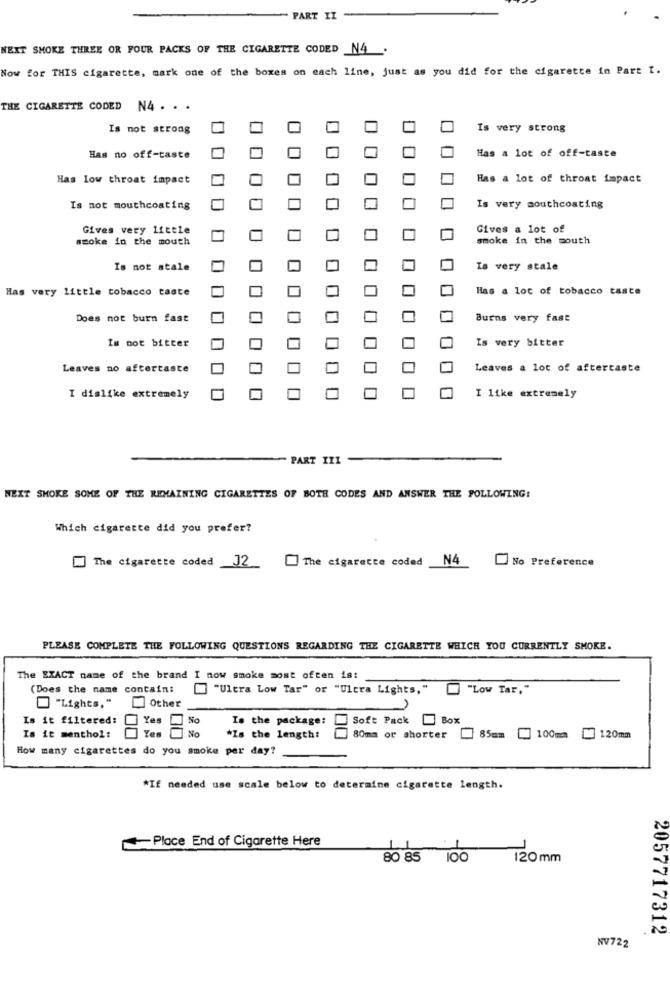
PART II
NEXT SMOKE THREE OR FOUR PACKS OF THE CIGARETTE CODED _N4 .
Now for THIS cigarette, mark one of the boxes on each line, just as you did for the cigarette in Part t.
THE CIGARETTE CODED N4 . . .
Is not strong
Is very strong
Has no off-taste
Has a lot of off-taste
Has low throat impact
Has a lot of throat impact
Is not mouthcoating
Is very mouthcoating
Gives very little
Gives a lot of
smoke in the mouth
smoke in the south
Is not stale
Is very stale
Has very little tobacco taste
Has a lot of tobacco taste
Does not burn fast
Burns very fast
Is not bitter
Is very bitter
Leaves no aftertaste
Leaves a lot of aftertaste
I dislike extremely
I like extremely
PART III
NEXT SMOKE SOME OF THE REMAINING CIGARETTES OF BOTH CODES AND ANSWER THE FOLLOWING:
Which cigarette did you prefer?
The cigarette coded
N4
No Preference
The cigarette coded _J2_
PLEASE COMPLETE THE FOLLOWING QUESTIONS REGARDING THE CIGARETTE WHICH YOU CURRENTLY SMOKE.
The EXACT name of the brand I now smoke most often is:
(Does the name contain:
"Ultra Low Tar" or "Ultra Lights," [ "Low Tar,"
"Lights,"
Other
Is it filtered:
Yes
Is the package:
Soft Pack
Box
Yes
No
Is it menthol:
*Is the length:
80mm or shorter
85cm
100mm
120mm
How many cigarettes do you smoke per day?
*If needed use scale below to determine cigarette length.
Place End of Cigarette Here
80 85 100 120 mm
2057717312
NV722